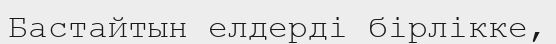
Бастайтын елдерді бірлікке,